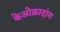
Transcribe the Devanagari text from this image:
केओक्रादांग